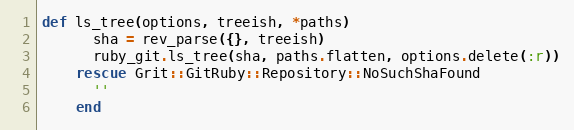
Language: Ruby
def ls_tree(options, treeish, *paths)
      sha = rev_parse({}, treeish)
      ruby_git.ls_tree(sha, paths.flatten, options.delete(:r))
    rescue Grit::GitRuby::Repository::NoSuchShaFound
      ''
    end